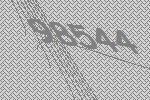
98544